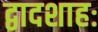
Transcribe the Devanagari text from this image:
द्वादशाहः